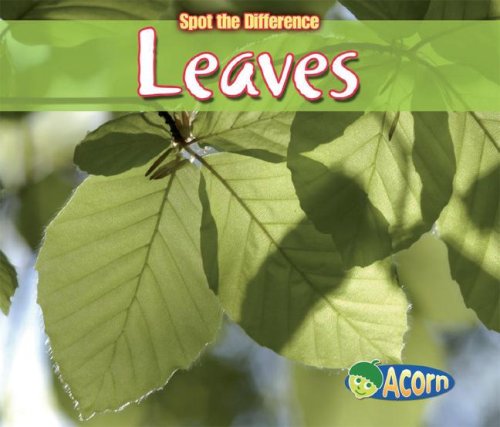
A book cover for Leaves (Spot the Difference: Plants); Charlotte Guillain; Children's Books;